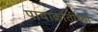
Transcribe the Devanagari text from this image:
पादाक्रांतीच्या